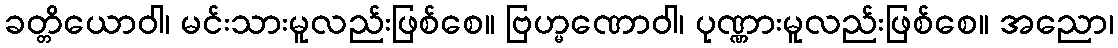
ခတ္တိယောဝါ၊ မင်းသားမူလည်းဖြစ်စေ။ ဗြဟ္မဏောဝါ၊ ပုဏ္ဏားမူလည်းဖြစ်စေ။ အညော၊